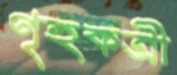
গৃহকত্রী